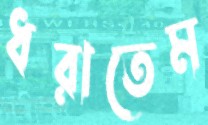
ধরাতেম